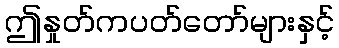
ဤနှုတ်ကပတ်တော်များနှင့်